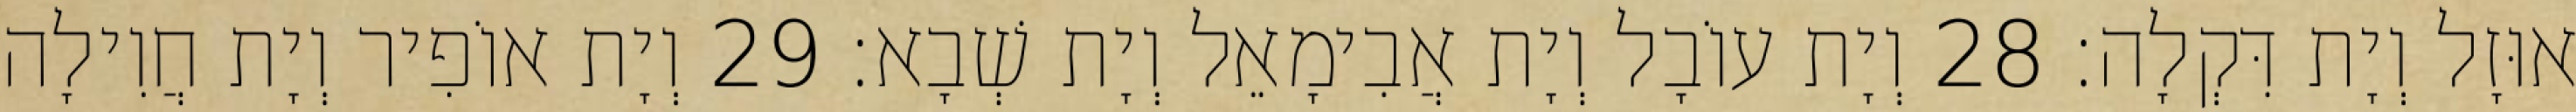
אוּזָל וְיָת דִּקְלָה׃ 28 וְיָת עוֹבָל וְיָת אֲבִימָאֵל וְיָת שְׁבָא׃ 29 וְיָת אוֹפִיר וְיָת חֲוִילָה